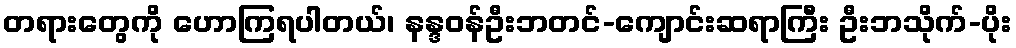
တရားတွေကို ဟောကြရပါတယ်၊ နန္ဒဝန်ဦးဘတင်-ကျောင်းဆရာကြီး ဦးဘသိုက်-ပိုး